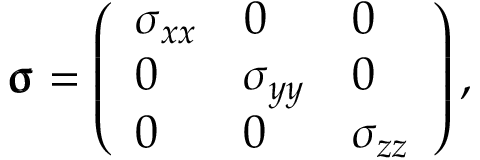
\pmb { \upsigma } = \left( \begin{array} { l l l } { \sigma _ { x x } } & { 0 } & { 0 } \\ { 0 } & { \sigma _ { y y } } & { 0 } \\ { 0 } & { 0 } & { \sigma _ { z z } } \end{array} \right) ,